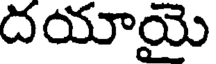
దయాయై